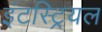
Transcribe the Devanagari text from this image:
इंटस्ट्रियल